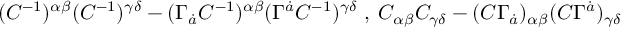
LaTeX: ( C ^ { - 1 } ) ^ { \alpha \beta } ( C ^ { - 1 } ) ^ { \gamma \delta } - ( \Gamma _ { \dot { a } } C ^ { - 1 } ) ^ { \alpha \beta } ( \Gamma ^ { \dot { a } } C ^ { - 1 } ) ^ { \gamma \delta } \; , \; C _ { \alpha \beta } C _ { \gamma \delta } - ( C \Gamma _ { \dot { a } } ) _ { \alpha \beta } ( C \Gamma ^ { \dot { a } } ) _ { \gamma \delta }